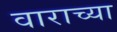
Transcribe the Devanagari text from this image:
वाराच्या